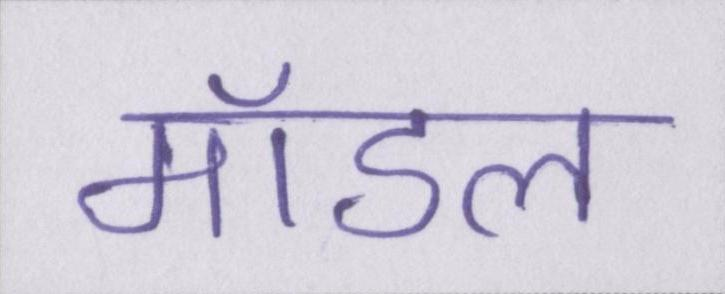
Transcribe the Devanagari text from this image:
मॉडल